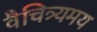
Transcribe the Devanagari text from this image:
वैचित्र्यमय